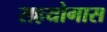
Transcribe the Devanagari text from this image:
सहयोगास